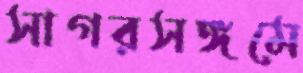
সাগরসঙ্গমে